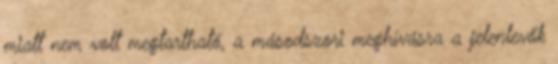
miatt nem volt megtartható, a másodszori meghívásra a jelenlevők